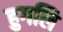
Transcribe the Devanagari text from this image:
हुगलि